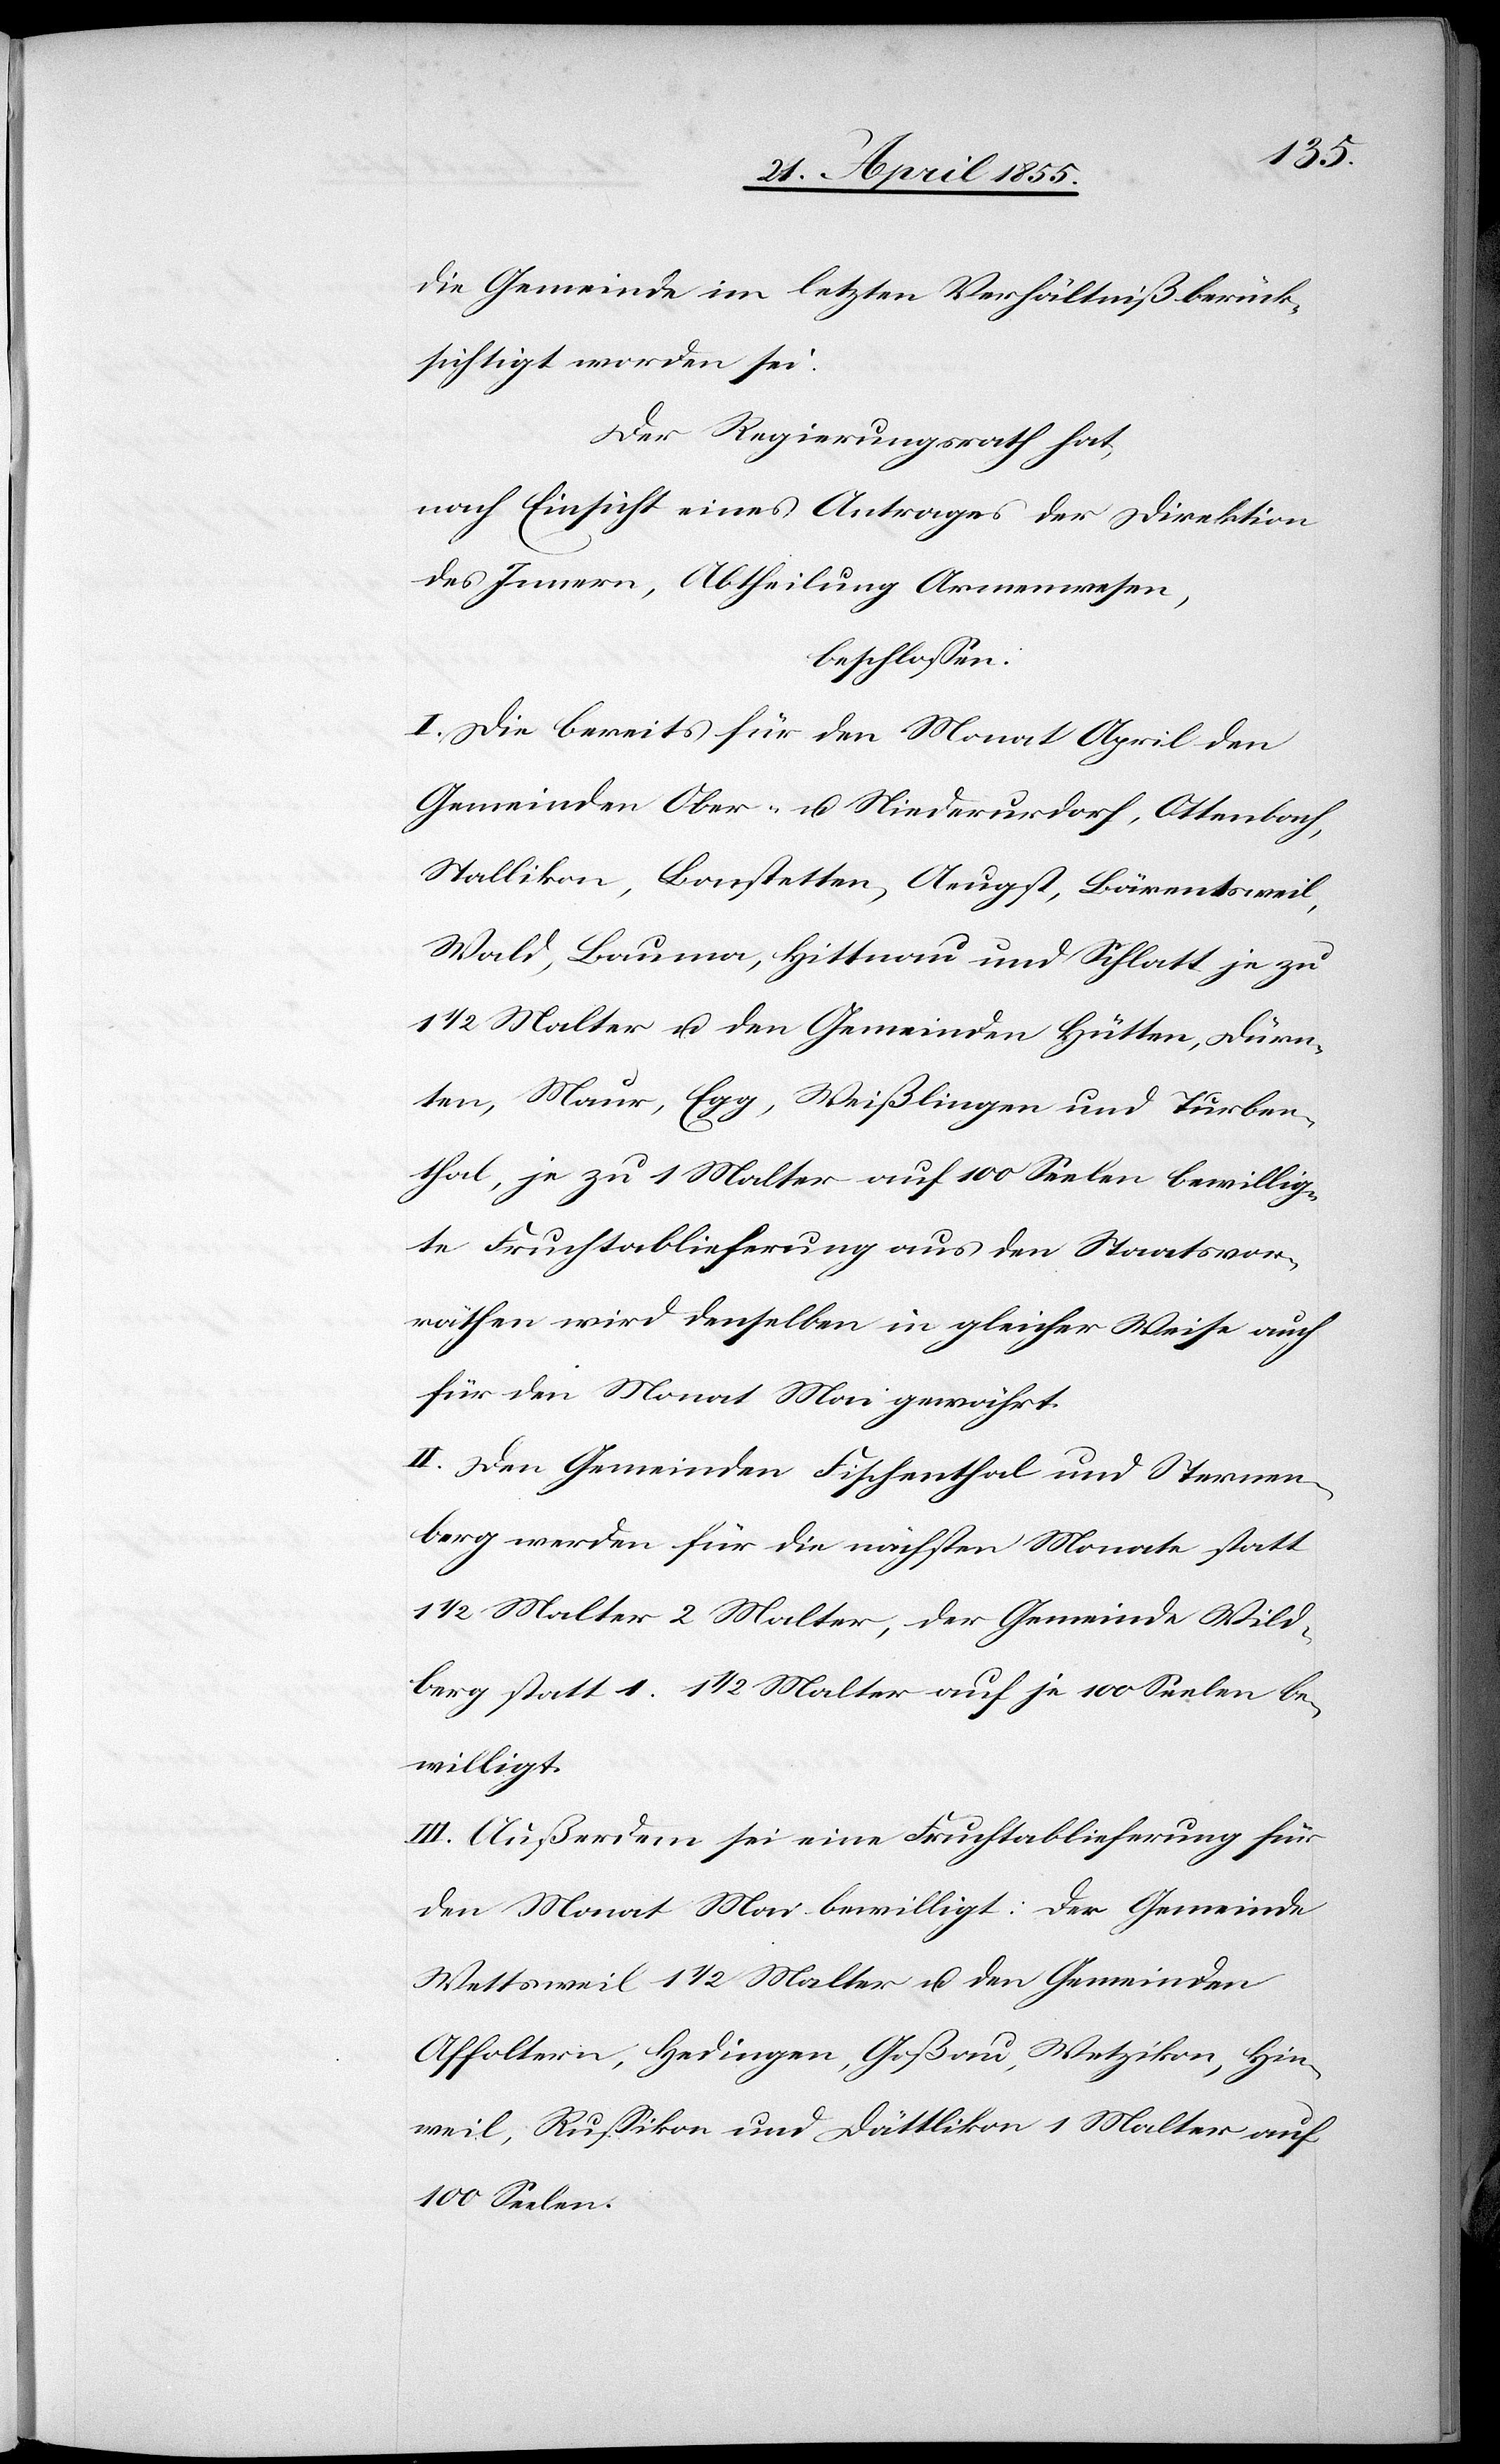
die Gemeinde im letzten Verhältniß berück¬
sichtigt worden sei.
Der Regierungsrath hat,
nach Einsicht eines Antrages der Direktion
des Innern, Abtheilung Armenwesen,
beschlossen:
I. Die bereits für den Monat April den
Gemeinden Ober- u. Niederurdorf, Ottenbach,
Stallikon, Bonstetten, Aeugst, Bärentsweil,
Wald, Bauma, Hittnau und Schlatt je zu
1/2 Malter u. den Gemeinden Hütten, Dürn¬
ten, Maur, Egg, Weißlingen und Turben¬
thal, je zu 1 Malter auf 100 Seelen bewillig¬
te Fruchtablieferung aus den Staatsvor¬
räthen wird denselben in gleicher Weise auch
für den Monat Mai gewährt.
II. Den Gemeinden Fischenthal und Sternen¬
berg werden für die nächsten Monate statt
1/2 Malter 2 Malter, der Gemeinde Wild¬
berg statt 1. 1 1/2 Malter auf je 100 Seelen be¬
willigt.
III. Außerdem sei eine Fruchtablieferung für
den Monat Mai bewilligt: Der Gemeinde
Wettsweil 1 1/2 Malter u. den Gemeinden
Affoltern, Hedingen, Goßau, Wetzikon, Hin¬
weil, Russikon und Dättlikon 1 Malter auf
100 Seelen.